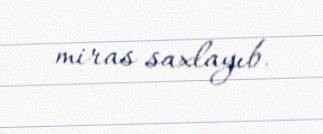
miras saxlayıb.